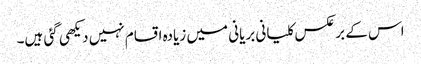
اس کے بر عکس کلیانی بریانی میں زیادہ اقسام نہیں دیکھی گئی ہیں۔